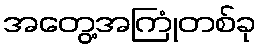
အတွေ့အကြုံတစ်ခု